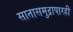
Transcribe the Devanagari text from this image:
सातासमुद्रापारही